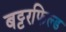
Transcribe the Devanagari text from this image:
बट्टरफिल्ड